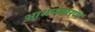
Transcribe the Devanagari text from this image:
आशयकारण